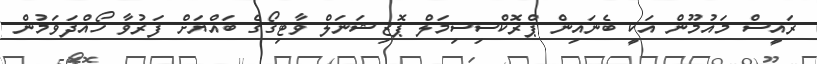
ރައީސް މައުމޫން އަކީ ބެނައިން ޕްރޮކްސިސިމަލް ޕޮޒިޝަނަލް ވާޓިގޯގެ ބައްޔަށް ފަރުވާ ހޯއްދަވަމުން